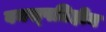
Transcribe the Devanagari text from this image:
वनस्‍पतिहीन